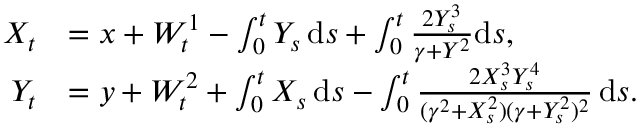
\begin{array} { r l } { X _ { t } } & { = x + W _ { t } ^ { 1 } - \int _ { 0 } ^ { t } Y _ { s } \, \mathrm { d } s + \int _ { 0 } ^ { t } \frac { 2 Y _ { s } ^ { 3 } } { \gamma + Y ^ { 2 } } \mathrm { d } s , } \\ { Y _ { t } } & { = y + W _ { t } ^ { 2 } + \int _ { 0 } ^ { t } X _ { s } \, \mathrm { d } s - \int _ { 0 } ^ { t } \frac { 2 X _ { s } ^ { 3 } Y _ { s } ^ { 4 } } { ( \gamma ^ { 2 } + X _ { s } ^ { 2 } ) ( \gamma + Y _ { s } ^ { 2 } ) ^ { 2 } } \, \mathrm { d } s . } \end{array}